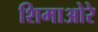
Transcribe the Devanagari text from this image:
शिमाओरे